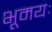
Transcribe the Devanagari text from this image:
भूमयः